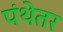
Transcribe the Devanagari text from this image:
पंथेतर